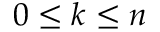
0 \leq k \leq n